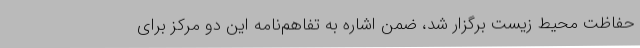
حفاظت محیط زیست برگزار شد، ضمن اشاره به تفاهم‌نامه‌ این دو مرکز برای